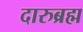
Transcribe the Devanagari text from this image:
दारुब्रह्म